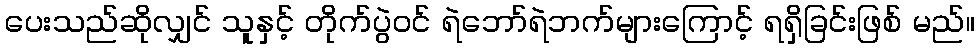
ပေးသည်ဆိုလျှင် သူနှင့် တိုက်ပွဲဝင် ရဲဘော်ရဲဘက်များကြောင့် ရရှိခြင်းဖြစ် မည်။